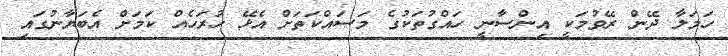
ހަމަލާ ދޭން ރޭވުމަކީ އިންސާނީ ހައްގުތަކުގެ މަސައްކަތަށް އެޅޭ ހުރަހެއް ކަމަށް އެބަޔާނުގައި